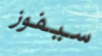
سيفوز